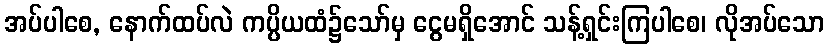
အပ်ပါစေ, နောက်ထပ်လဲ ကပ္ပိယထံ၌သော်မှ ငွေမရှိအောင် သန့်ရှင်းကြပါစေ၊ လိုအပ်သော